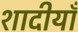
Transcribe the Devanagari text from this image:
शादीयाँ